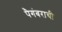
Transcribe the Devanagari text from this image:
पैगंबराची